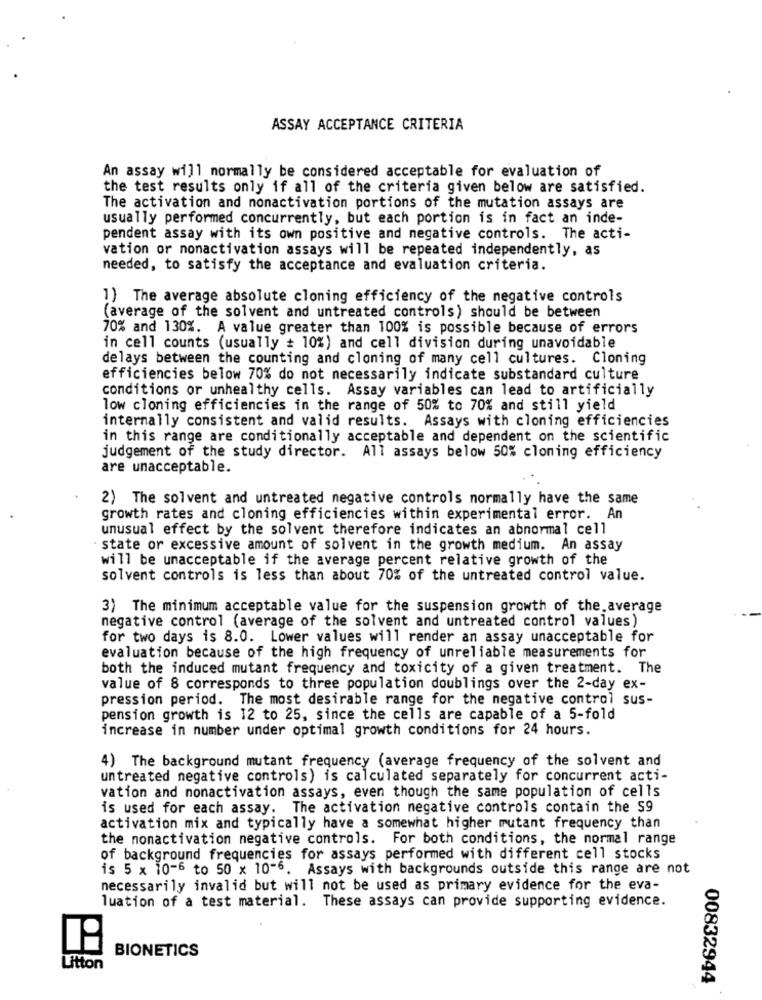
ASSAY ACCEPTANCE CRITERIA
An assay will normally be considered acceptable for evaluation of
the test results only if all of the criteria given below are satisfied.
The activation and nonactivation portions of the mutation assays are
usually performed concurrently, but each portion is in fact an inde-
pendent assay with its own positive and negative controls. The acti-
vation or nonactivation assays will be repeated independently, as
needed, to satisfy the acceptance and evaluation criteria.
1) The average absolute cloning efficiency of the negative controls
(average of the solvent and untreated controls) should be between
70% and 130%. A value greater than 100% is possible because of errors
in cell counts (usually = 10%) and cell division during unavoidable
delays between the counting and cloning of many cell cultures. Cloning
efficiencies below 70% do not necessarily indicate substandard culture
conditions or unhealthy cells. Assay variables can lead to artificially
low cloning efficiencies in the range of 50% to 70% and still yield
internally consistent and valid results. Assays with cloning efficiencies
in this range are conditionally acceptable and dependent on the scientific
judgement of the study director. All assays below 50% cloning efficiency
are unacceptable.
2) The solvent and untreated negative controls normally have the same
growth rates and cloning efficiencies within experimental error. An
unusual effect by the solvent therefore indicates an abnormal cell
state or excessive amount of solvent in the growth medium. An assay
will be unacceptable if the average percent relative growth of the
solvent controls is less than about 70% of the untreated control value.
3) The minimum acceptable value for the suspension growth of the average
negative control (average of the solvent and untreated control values)
for two days is 8.0. Lower values will render an assay unacceptable for
evaluation because of the high frequency of unreliable measurements for
both the induced mutant frequency and toxicity of a given treatment. The
value of 8 corresponds to three population doublings over the 2-day ex-
pression period. The most desirable range for the negative control sus-
pension growth is 12 to 25, since the cells are capable of a 5-fold
increase in number under optimal growth conditions for 24 hours.
4) The background mutant frequency (average frequency of the solvent and
untreated negative controls) is calculated separately for concurrent acti-
vation and nonactivation assays, even though the same population of cells
is used for each assay. The activation negative controls contain the S9
activation mix and typically have a somewhat higher mutant frequency than
the nonactivation negative controls. For both conditions, the normal range
of background frequencies for assays performed with different cell stocks
is 5 x 10-6 to 50 x 10-6. Assays with backgrounds outside this range are not
necessarily invalid but will not be used as primary evidence for the eva-
Tuation of a test material. These assays can provide supporting evidence.
BIONETICS
Litton
00832944